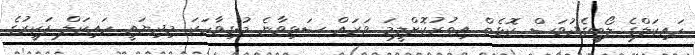
ހައިކަލްގެ ލޯބީގެދުވަސް ކޮޅެތް އިތުރުކޮށްލީމަ ވަރައް ސަޅިވާނެ މުޅިވާހަކަ މިދިޔައީ ހައިކަލް ފަކީރުގެ